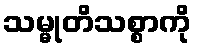
သမ္မုတိသစ္စာကို